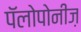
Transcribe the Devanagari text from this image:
पॅलोपोनीज़